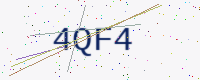
Text: 4QF4